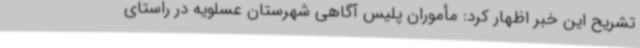
تشریح این خبر اظهار کرد: مأموران پلیس آگاهی شهرستان عسلویه در راستای